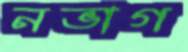
নভাগ